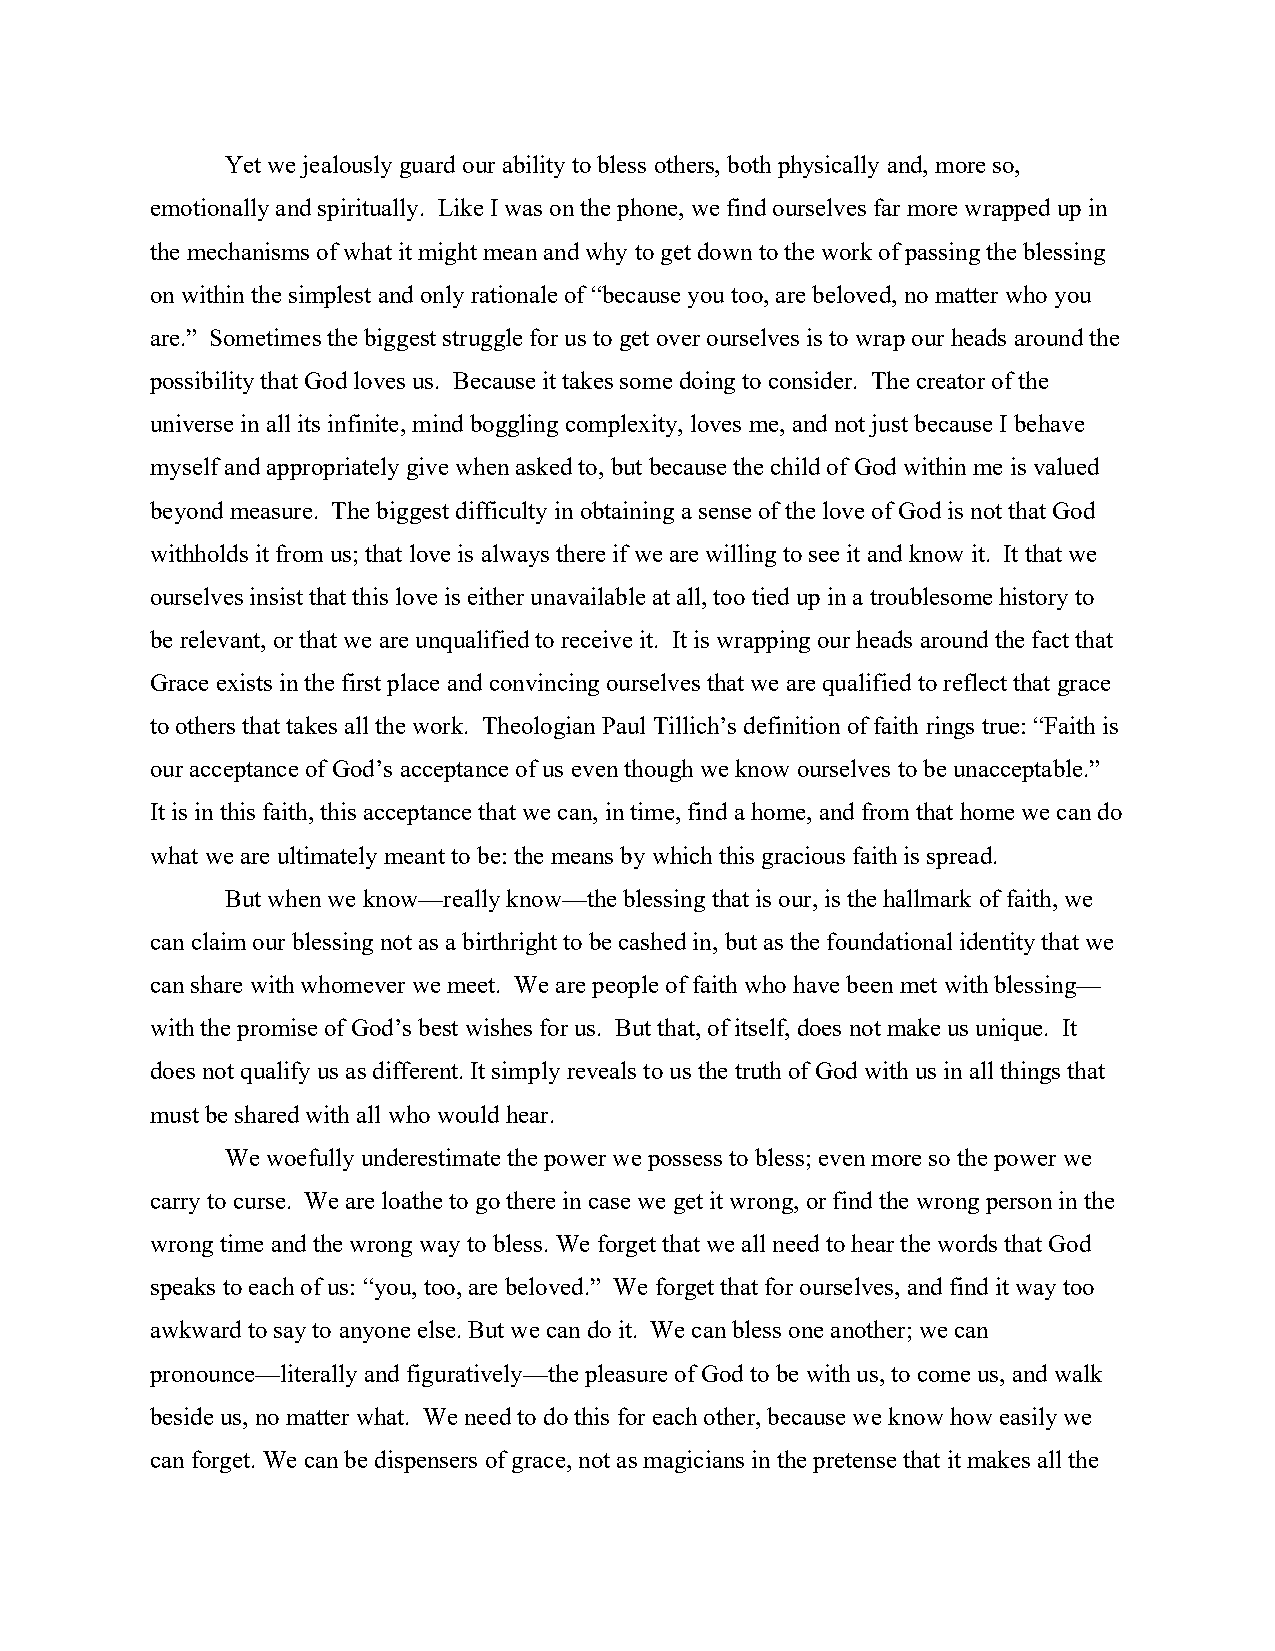
Yet we jealously guard our ability to bless others, both physically and, more so,
 emotionally and spiritually. Like I was on the phone, we find ourselves far more wrapped up in
 the mechanisms of what it might mean and why to get down to the work of passing the blessing
 on within the simplest and only rationale of “because you too, are beloved, no matter who you
 are.” Sometimes the biggest struggle for us to get over ourselves is to wrap our heads around the
 possibility that God loves us. Because it takes some doing to consider. The creator of the
 universe in all its infinite, mind boggling complexity, loves me, and not just because I behave
 myself and appropriately give when asked to, but because the child of God within me is valued
 beyond measure. The biggest difficulty in obtaining a sense of the love of God is not that God
 withholds it from us; that love is always there if we are willing to see it and know it. It that we
 ourselves insist that this love is either unavailable at all, too tied up in a troublesome history to
 be relevant, or that we are unqualified to receive it. It is wrapping our heads around the fact that
 Grace exists in the first place and convincing ourselves that we are qualified to reflect that grace
 to others that takes all the work. Theologian Paul Tillich’s definition of faith rings true: “Faith is
 our acceptance of God’s acceptance of us even though we know ourselves to be unacceptable.”
 It is in this faith, this acceptance that we can, in time, find a home, and from that home we can do
 what we are ultimately meant to be: the means by which this gracious faith is spread.
 But when we know—really know—the blessing that is our, is the hallmark of faith, we
 can claim our blessing not as a birthright to be cashed in, but as the foundational identity that we
 can share with whomever we meet. We are people of faith who have been met with blessing—
 with the promise of God’s best wishes for us. But that, of itself, does not make us unique. It
 does not qualify us as different. It simply reveals to us the truth of God with us in all things that
 must be shared with all who would hear.
 We woefully underestimate the power we possess to bless; even more so the power we
 carry to curse. We are loathe to go there in case we get it wrong, or find the wrong person in the
 wrong time and the wrong way to bless. We forget that we all need to hear the words that God
 speaks to each of us: “you, too, are beloved.” We forget that for ourselves, and find it way too
 awkward to say to anyone else. But we can do it. We can bless one another; we can
 pronounce—literally and figuratively—the pleasure of God to be with us, to come us, and walk
 beside us, no matter what. We need to do this for each other, because we know how easily we
 can forget. We can be dispensers of grace, not as magicians in the pretense that it makes all the